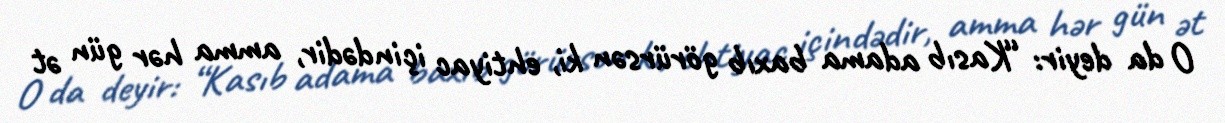
O da deyir: “Kasıb adama baxıb görürsən ki, ehtiyac içindədir, amma hər gün ət